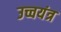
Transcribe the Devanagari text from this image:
उच्चयंत्र